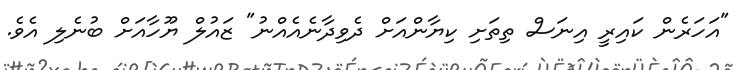
"އަހަރެން ކައިރީ އިނަސް ތިތަށި ކިޔާންއަށް ދެވިދާނެއެއްނު" ޒައުލް ޔޫހާއަށް ބުނެލި އެވެ.